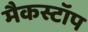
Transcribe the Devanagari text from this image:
मैकस्टॉप